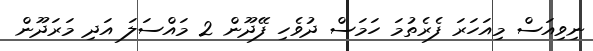
ނިވިއަސް މިއަހަރަ ފެރެތުމަ ހަމަސް ދުވެހި ފޭދޫން 2 މައްސަލަ އަދި މަރަދޫން